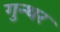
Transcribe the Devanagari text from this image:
गुन्थर